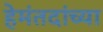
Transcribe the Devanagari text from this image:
हेमंतदांच्या